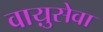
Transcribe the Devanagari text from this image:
वाय़ुसेवा